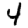
Digit: 4